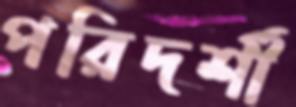
পরিদর্শী